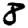
Digit: 8